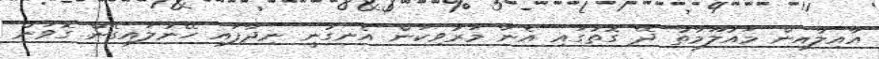
އާއިލާއިން މައުލޫމާތު ދޭ ގޮތުގައި އެނާ މަރުވިކަން އެނގުނީ ނިދާފައި ހޭނުލައިގެން ގޮވަން